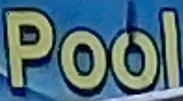
Pool